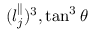
( l _ { j } ^ { \parallel } ) ^ { 3 } , \tan ^ { 3 } { \theta }